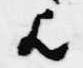
歟